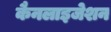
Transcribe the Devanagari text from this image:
कैनलाइजेशन